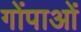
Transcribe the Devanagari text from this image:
गोंपाओं